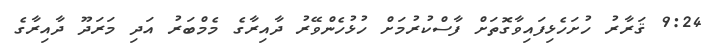
9:24 ޤަރާރު ހުށަހެޅިފައިވާގޮތަށް ފާސްކުރުމަށް ހުޅުހެންވޭރު ދާއިރާގެ މެމްބަރު އަދި މަރަދޫ ދާއިރާގެ